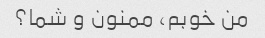
من خوبم، ممنون و شما؟